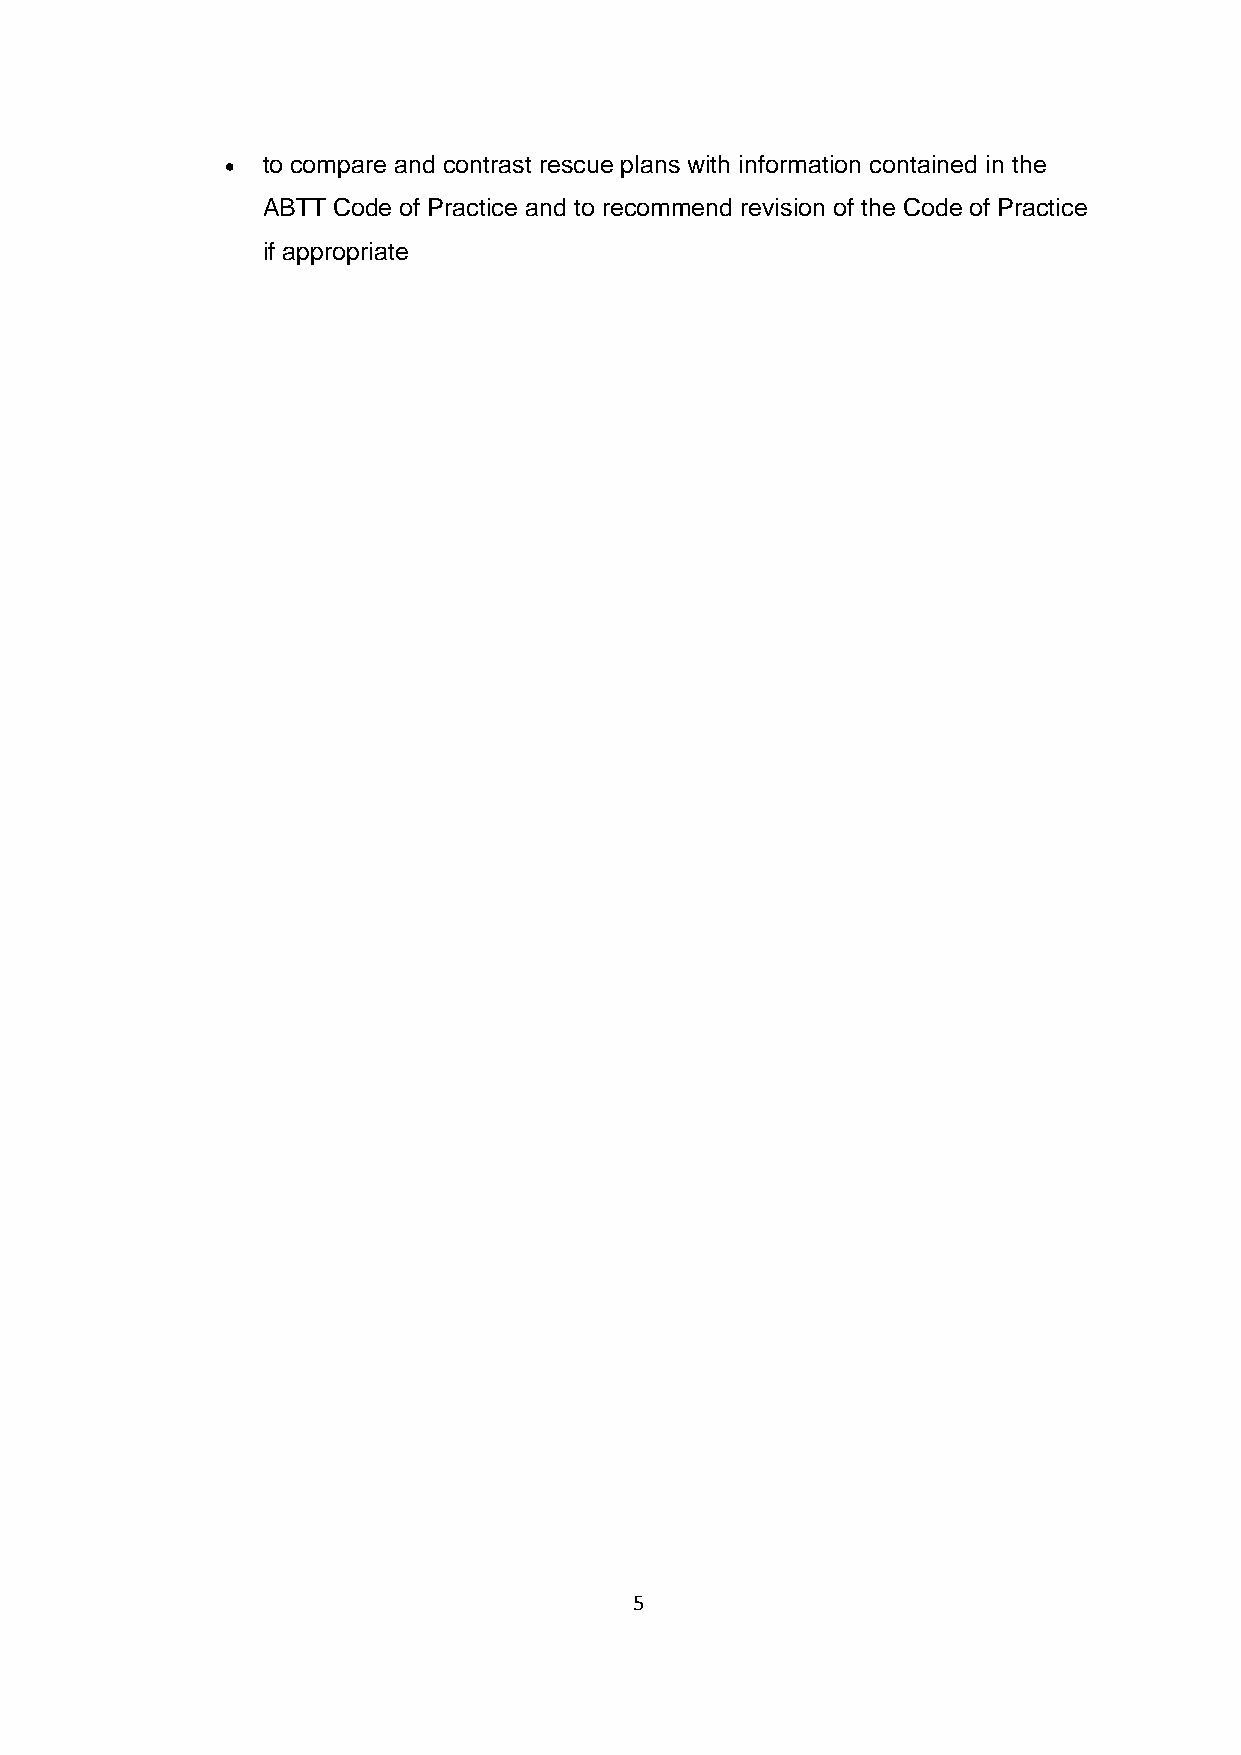
 to compare and contrast rescue plans with information contained in the
 ABTT Code of Practice and to recommend revision of the Code of Practice
 if appropriate
 5